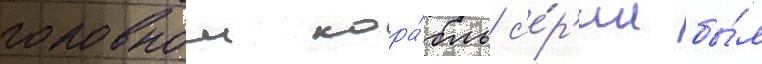
головнои кора́бль с'е́р'ии бы́л